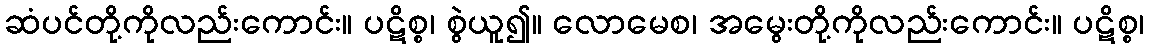
ဆံပင်တို့ကိုလည်းကောင်း။ ပဋိစ္စ၊ စွဲယူ၍။ လောမေစ၊ အမွေးတို့ကိုလည်းကောင်း။ ပဋိစ္စ၊